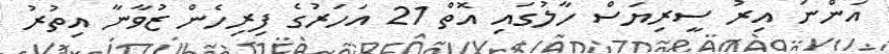
އަންނަ އިރު ސީރިޔަސް ހާލުގައި އޮތް 21 އަހަރުގެ ފިރިހެން ޒުވާނާ އިތުރު